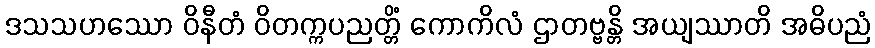
ဒသသဟဿော ဝိနီတံ ဝိတက္ကပညတ္တိံ ကောကိလံ ဌာတဗ္ဗန္တိ အယျဿာတိ အဓိပညံ